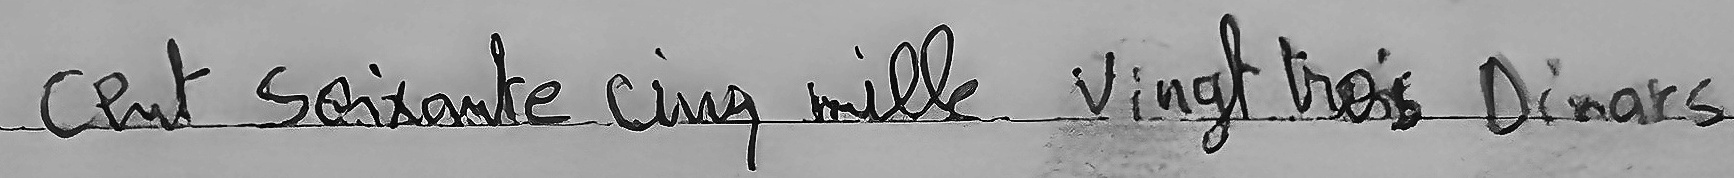
cent Soixante cinq mille Vingt trois Dinars